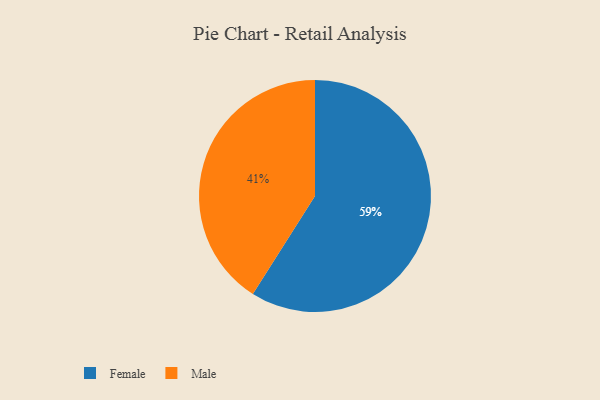
{"axis": {"x": "Category", "y": "Percentage"}, "legend": ["Female", "Male"], "data": [{"x": "Female", "y": 59, "type": "Female"}, {"x": "Male", "y": 41, "type": "Male"}]}